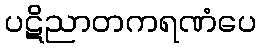
ပဋိညာတကရဏံပေ